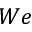
W e